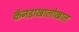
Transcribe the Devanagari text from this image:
कॅनडाखालोखाल